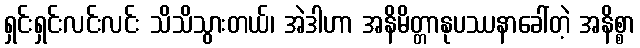
ရှင်းရှင်းလင်းလင်း သိသိသွားတယ်၊ အဲဒါဟာ အနိမိတ္တာနုပဿနာခေါ်တဲ့ အနိစ္စာ